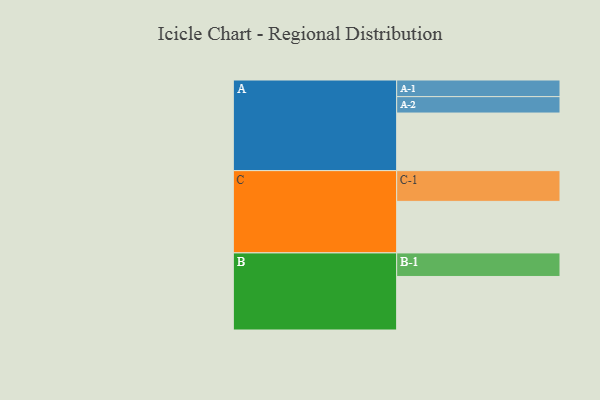
{"axis": {"x": "Segment", "y": "Value"}, "legend": ["", "A", "B", "C"], "data": [{"x": "A", "y": 523, "type": ""}, {"x": "B", "y": 486, "type": ""}, {"x": "C", "y": 468, "type": ""}, {"x": "A-1", "y": 151, "type": "A"}, {"x": "A-2", "y": 149, "type": "A"}, {"x": "B-1", "y": 214, "type": "B"}, {"x": "C-1", "y": 279, "type": "C"}]}